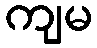
ကျမ